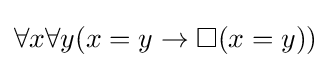
\forall x\forall y(x=y\to \Box (x=y))